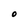
Character: O